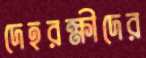
দেহরক্ষীদের